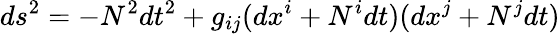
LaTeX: ds^{2}=-N^{2}dt^{2}+g_{ij}(dx^{i}+N^{i}dt)(dx^{j}+N^{j}dt)